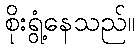
စိုးရွံ့နေသည်။